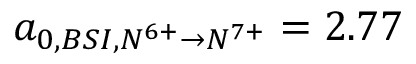
a _ { 0 , B S I , N ^ { 6 + } \rightarrow N ^ { 7 + } } = 2 . 7 7